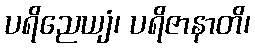
ပရိညေယျံ၊ ပရိဇာနာတိ၊